Sanitation, dispensaries and jails vaccination Rajputana 1922-1927 - 1922-1927
Year: 1922
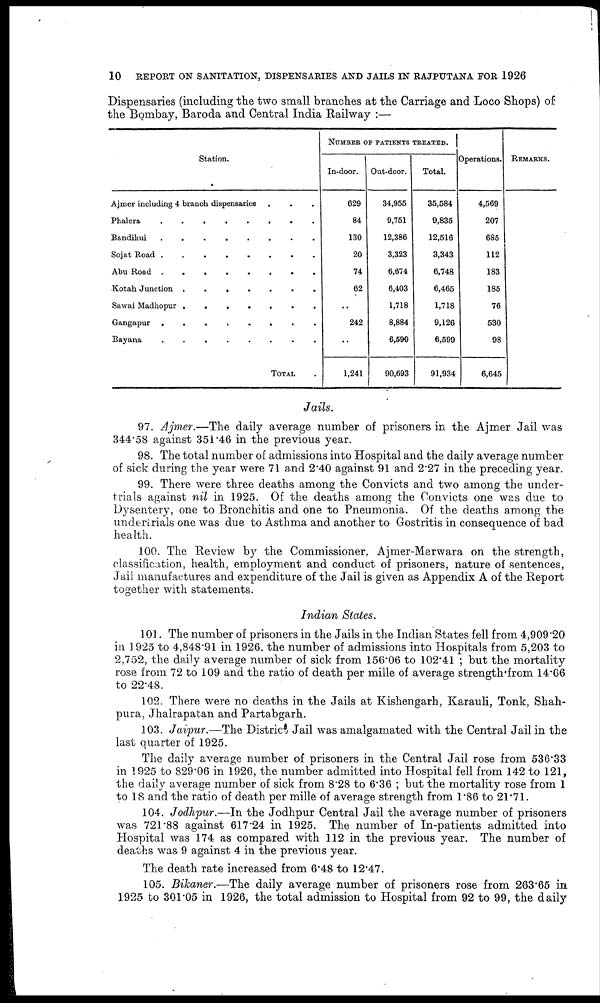
10
REPORT ON SANITATION, DISPENSARIES AND JAILS IN RAJPUTANA FOR 1926
Dispensaries (including the two small branches at the Carriage and Loco Shops) of
the Bombay, Baroda and Central India Railway :—
Station.
Ajmer including 4 branch dispensaries . . .
Phalera . . . . . .
Bandikui . . . . . .
Sojat Road . . . . . .
Abu Road . . .. . . .
Kotah Junction . . . .
Sawai Madhopur
Gangapur . . . . .
Bayana . . . . .
TOTAL .
NUMBER OF PANTENTS TREATED.
In-door.
629
84
130
20
74
62
..
242
..
1,241
Out-door.
34,955
9,751
12,386
3,323
6,674
6,403
1,718
8,884
6,599
90,693
Total.
35,584
9,835
12,516
3,343
6,748
6,465
1,718
9,126
6,599
91,934
Operations.
4,569
207
685
112
183
185
76
530
98
6,645
REMARKS.
Jails.
97. Ajmer.—The daily average number of prisoners in the Ajmer Jail was
344.58 against 351.46 in the previous year.
98. The total number of admissions into Hospital and the daily average number
of sick during the year were 71 and 2.40 against 91 and 2.27 in the preceding year.
99. There were three deaths among the Convicts and two among the under-
trials against nil in 1925. Of the deaths among the Convicts one was due to
Dysentery, one to Bronchitis and one to Pneumonia. Of the deaths among the
undertrials one was due to Asthma and another to Gostritis in consequence of bad
health.
100. The Review by the Commissioner, Ajmer-Merwara on the strength,
classification, health, employment and conduct of prisoners, nature of sentences,
Jail manufactures and expenditure of the Jail is given as Appendix A of the Report
together with statements.
Indian States.
101. The number of prisoners in the Jails in the Indian States fell from 4,909.20
in 1925 to 4,848.91 in 1926, the number of admissions into Hospitals from 5,203 to
2,752, the daily average number of sick from 156.06 to 102.41 ; but the mortality
rose from 72 to 109 and the ratio of death per mille of average strength from 14.66
to 22.48.
102. There were no deaths in the Jails at Kishengarh, Karauli, Tonk, Shah-
pura, Jhalrapatan and Partabgarh.
103. Jaipur.—The District Jail was amalgamated with the Central Jail in the
last quarter of 1925.
The daily average number of prisoners in the Central Jail rose from 536.33
in 1925 to 829.06 in 1926, the number admitted into Hospital fell from 142 to 121,
the daily average number of sick from 8.28 to 6.36 ; but the mortality rose from 1
to 18 and the ratio of death per mille of average strength from 1.86 to 21.71.
104. Jodhpur.—In the Jodhpur Central Jail the average number of prisoners
was 721.88 against 617.24 in 1925. The number of In-patients admitted into
Hospital was 174 as compared with 112 in the previous year. The number of
deaths was 9 against 4 in the previous year.
The death rate increased from 6.48 to 12.47.
105. Bikaner.—The daily average number of prisoners rose from 263.65 in
1925 to 301.05 in 1926, the total admission to Hospital from 92 to 99, the daily